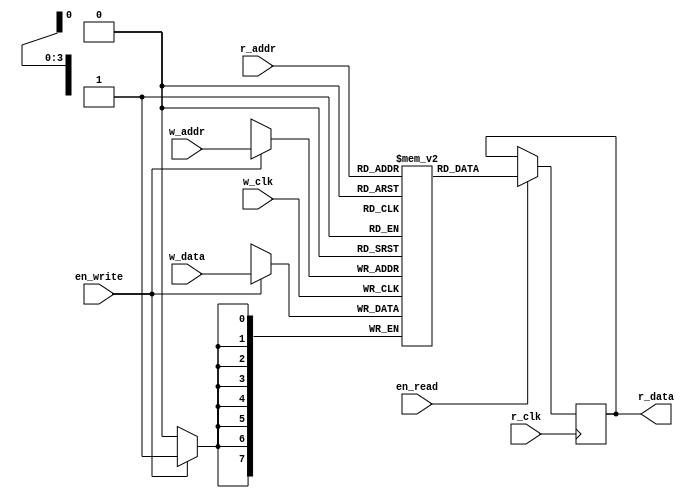
module ram(
input wire w_clk,
input wire r_clk,
input wire en_write,
input wire en_read,
input wire [ADDR_WIDTH - 1:0] w_addr,
input wire [ADDR_WIDTH - 1:0] r_addr,
input wire [RAM_WIDTH - 1:0] w_data,
output reg [RAM_WIDTH - 1:0] r_data
);

reg [RAM_WIDTH - 1:0] memory[RAM_HIGH - 1:0];

parameter ADDR_WIDTH = 4;
parameter RAM_HIGH = 16;
parameter RAM_WIDTH = 8;

always @(posedge r_clk)begin
    if(en_read)begin
        r_data <= memory[r_addr];
    end
end

always @(posedge w_clk)begin
    if(en_write)begin
        memory[w_addr] <= w_data;
    end
end 

endmodule